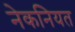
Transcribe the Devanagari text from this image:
नेकनियत